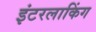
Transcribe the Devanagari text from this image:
इंटरलाकिंग